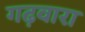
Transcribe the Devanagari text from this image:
गढ़वारा